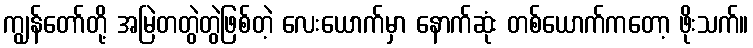
ကျွန်တော်တို့ အမြဲတတွဲတွဲဖြစ်တဲ့ လေးယောက်မှာ နောက်ဆုံး တစ်ယောက်ကတော့ ဖိုးသက်။